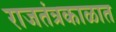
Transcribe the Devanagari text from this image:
राजतंत्रकाळात